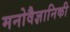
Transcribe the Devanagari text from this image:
मनोवैज्ञानिकी